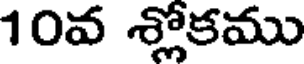
10వ శ్లోకము